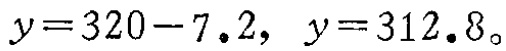
\(y = 320 - 7.2, \ y = 312.8。\)